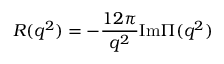
R ( q ^ { 2 } ) = - \frac { 1 2 \pi } { q ^ { 2 } } \mathrm { I m } \Pi ( q ^ { 2 } )